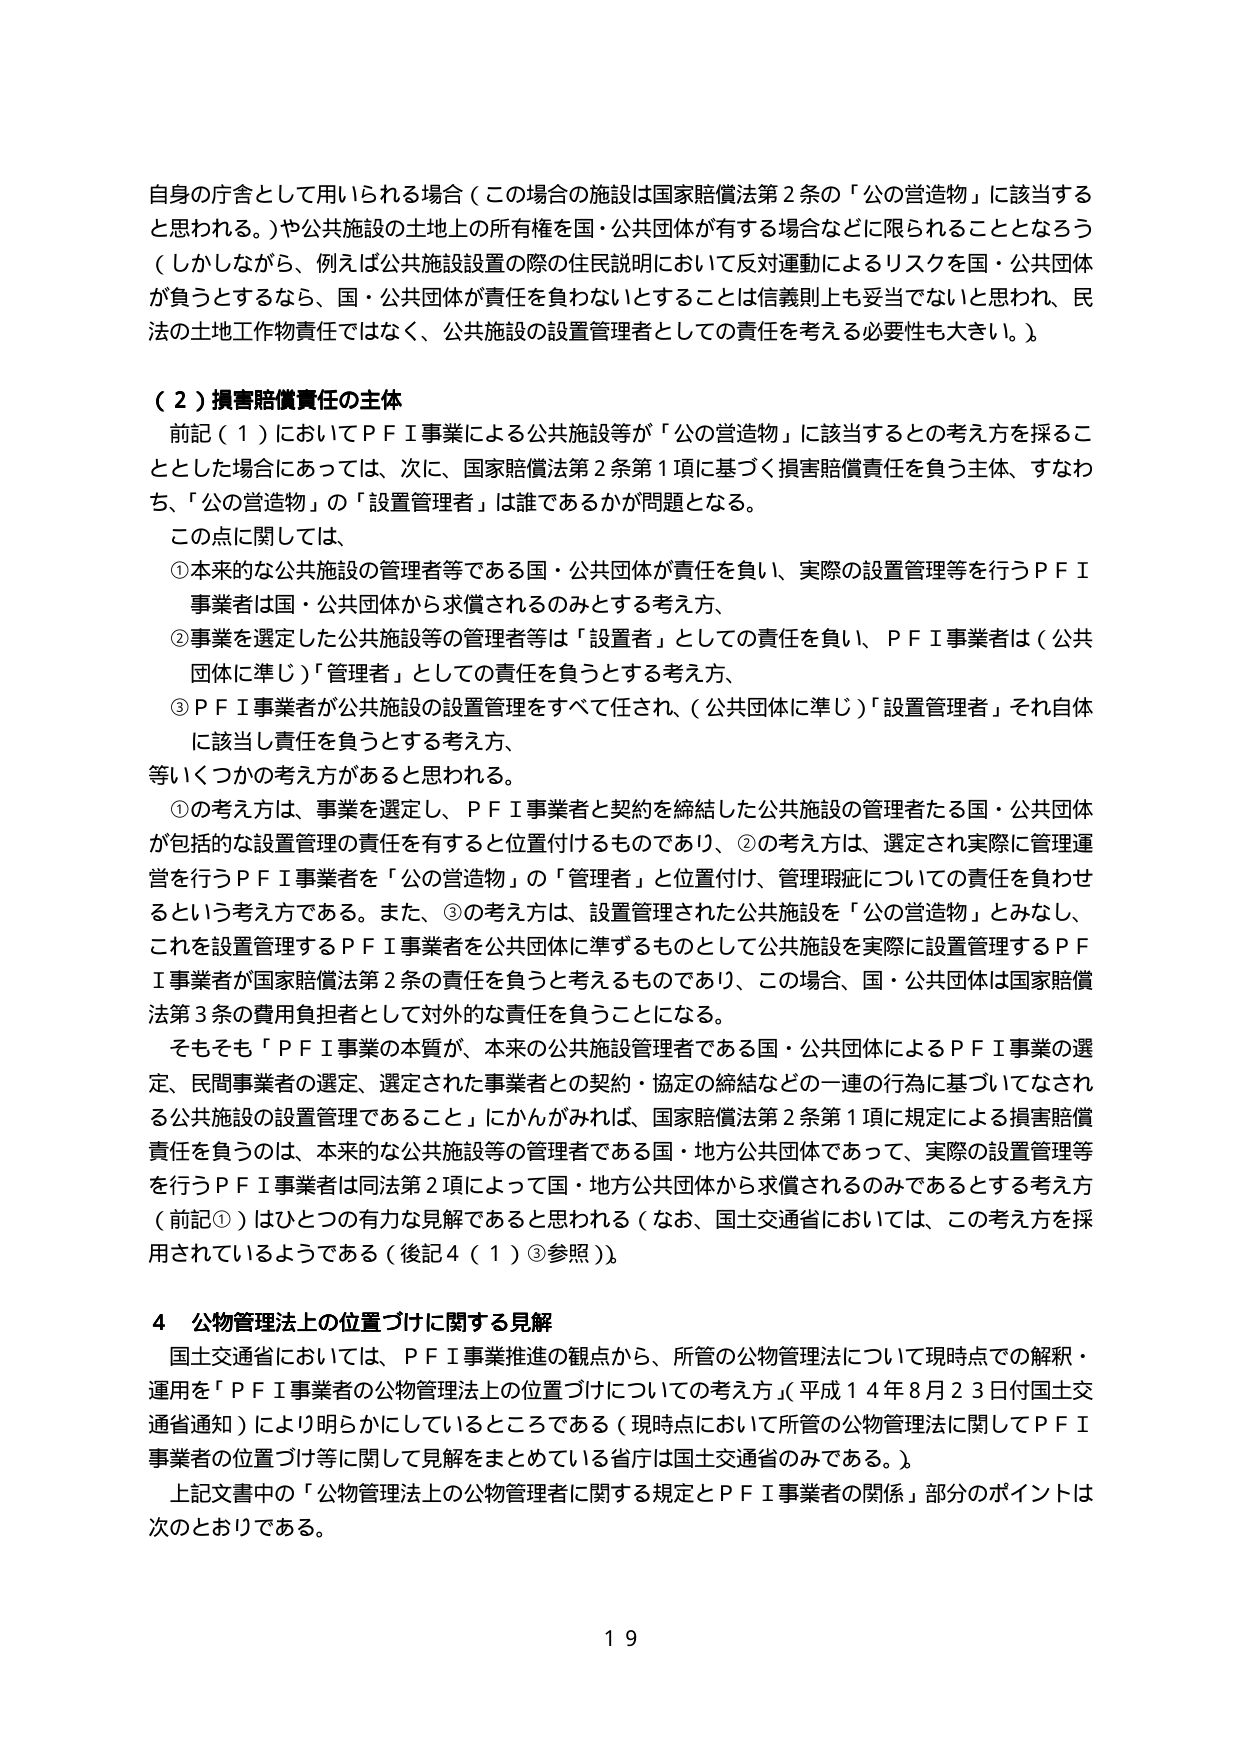
自身の庁舎として用いられる場合（この場合の施設は国家賠償法第２条の「公の営造物」に該当すると思われる。）や公共施設の土地上の所有権を国・公共団体が有する場合などに限られることとなろう（しかしながら、例えば公共施設設置の際の住民説明において反対運動によるリスクを国・公共団体が負うとするなら、国・公共団体が責任を負わないとすることは信義則上も妥当でないと思われ、民法の土地工作物責任ではなく、公共施設の設置管理者としての責任を考える必要性も大きい。）。

（２）損害賠償責任の主体
前記（１）においてＰＦＩ事業による公共施設等が「公の営造物」に該当するとの考え方を採ることとした場合にあっては、次に、国家賠償法第２条第１項に基づく損害賠償責任を負う主体、すなわち、「公の営造物」の「設置管理者」は誰であるかが問題となる。
この点に関しては、
①本来的な公共施設の管理者等である国・公共団体が責任を負い、実際の設置管理等を行うＰＦＩ事業者は国・公共団体から求償されるのみとする考え方、
②事業を選定した公共施設等の管理者等は「設置者」としての責任を負い、ＰＦＩ事業者は（公共団体に準じ）「管理者」としての責任を負うとする考え方、
③ＰＦＩ事業者が公共施設の設置管理をすべて任され、（公共団体に準じ）「設置管理者」それ自体に該当し責任を負うとする考え方、
等いくつかの考え方があると思われる。
①の考え方は、事業を選定し、ＰＦＩ事業者と契約を締結した公共施設の管理者たる国・公共団体が包括的な設置管理の責任を有すると位置付けるものであり、②の考え方は、選定され実際に管理運営を行うＰＦＩ事業者を「公の営造物」の「管理者」と位置付け、管理瑕疵についての責任を負わせるという考え方である。また、③の考え方は、設置管理された公共施設を「公の営造物」とみなし、これを設置管理するＰＦＩ事業者を公共団体に準ずるものとして公共施設を実際に設置管理するＰＦＩ事業者が国家賠償法第２条の責任を負うと考えるものであり、この場合、国・公共団体は国家賠償法第３条の費用負担者として対外的な責任を負うことになる。
そもそも「ＰＦＩ事業の本質が、本来の公共施設管理者である国・公共団体によるＰＦＩ事業の選定、民間事業者の選定、選定された事業者との契約・協定の締結などの一連の行為に基づいてなされる公共施設の設置管理であること」にかんがみれば、国家賠償法第２条第１項に規定による損害賠償責任を負うのは、本来的な公共施設等の管理者である国・地方公共団体であって、実際の設置管理等を行うＰＦＩ事業者は同法第２項によって国・地方公共団体から求償されるのみであるとする考え方（前記①）はひとつの有力な見解であると思われる（なお、国土交通省においては、この考え方を採用されているようである（後記４（１）③参照））。

４ 公物管理法上の位置づけに関する見解
国土交通省においては、ＰＦＩ事業推進の観点から、所管の公物管理法について現時点での解釈・運用を「ＰＦＩ事業者の公物管理法上の位置づけについての考え方」（平成１４年８月２３日付国土交通省通知）により明らかにしているところである（現時点において所管の公物管理法に関してＰＦＩ事業者の位置づけ等に関して見解をまとめている省庁は国土交通省のみである。）。
上記文書中の「公物管理法上の公物管理者に関する規定とＰＦＩ事業者の関係」部分のポイントは次のとおりである。

１９